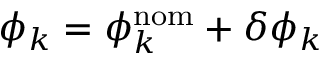
\phi _ { k } = \phi _ { k } ^ { \mathrm { n o m } } + \delta \phi _ { k }